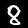
Digit: 8